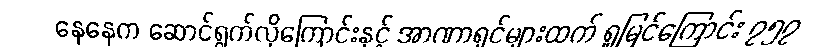
နေနေက ဆောင်ရွက်လိုကြောင်းနှင့် အာဏာရှင်များထက် ရှုမြင်ကြောင်း ၇၅၇